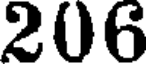
206